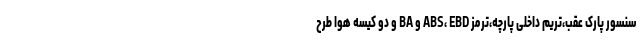
سنسور پارک عقب،تریم داخلی پارچه،ترمز ABS، EBD و BA و دو کیسه هوا طرح